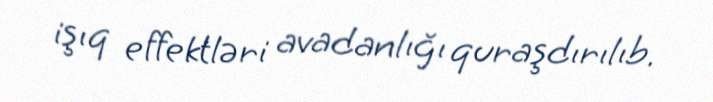
işıq effektləri avadanlığı quraşdırılıb.